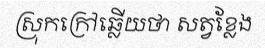
ស្រុកក្រៅឆ្លើយថា សត្វខ្លែង